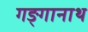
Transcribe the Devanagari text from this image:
गङ्गानाथ